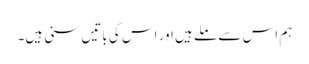
ہم اس سے ملے ہیں اور اس کی باتیں سنی ہیں۔